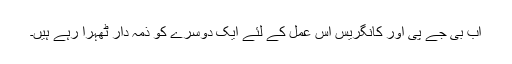
اب بی جے پی اور کانگریس اس عمل کے لئے ایک دوسرے کو ذمہ دار ٹھہرا رہے ہیں۔